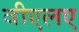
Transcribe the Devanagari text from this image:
वीएलए